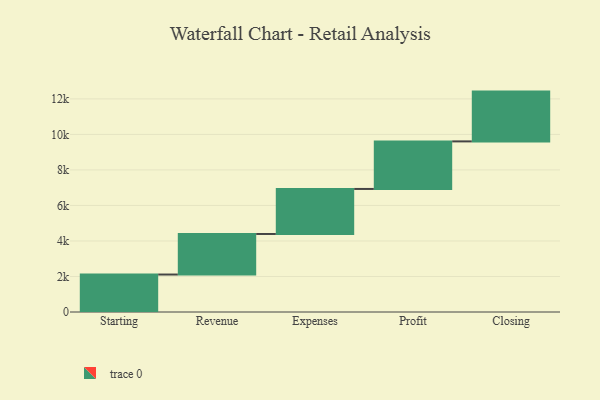
{"axis": {"x": "Step", "y": "Value"}, "legend": [""], "data": [{"x": "Starting", "y": 2110.0, "type": ""}, {"x": "Revenue", "y": 2284.0, "type": ""}, {"x": "Expenses", "y": 2535.0, "type": ""}, {"x": "Profit", "y": 2678.0, "type": ""}, {"x": "Closing", "y": 2804.0, "type": ""}]}